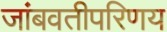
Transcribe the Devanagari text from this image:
जांबवतीपरिणय